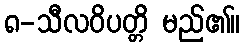
၈-သီလဝိပတ္တိ မည်၏။